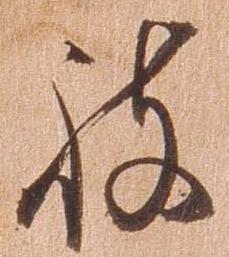
被